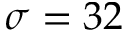
\sigma = 3 2